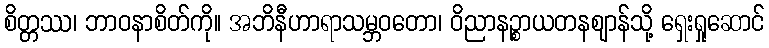
စိတ္တဿ၊ ဘာဝနာစိတ်ကို။ အဘိနီဟာရာသမ္ဘဝတော၊ ဝိညာနဉ္စာယတနဈာန်သို့ ရှေးရှုဆောင်